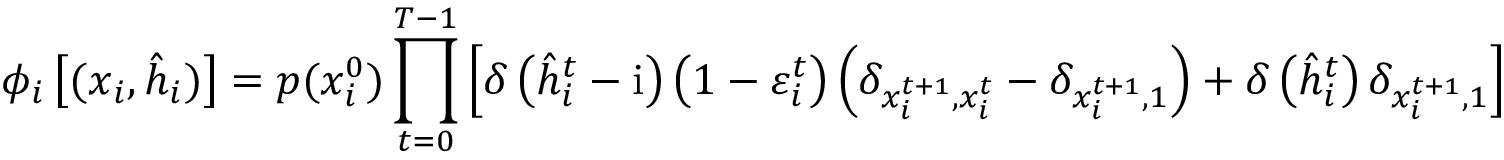
\phi _ { i } \left[ ( \boldsymbol { x } _ { i } , \hat { \boldsymbol { h } } _ { i } ) \right] = p ( x _ { i } ^ { 0 } ) \prod _ { t = 0 } ^ { T - 1 } \left[ \delta \left( \hat { h } _ { i } ^ { t } - \mathrm { i } \right) \left( 1 - \varepsilon _ { i } ^ { t } \right) \left( \delta _ { x _ { i } ^ { t + 1 } , x _ { i } ^ { t } } - \delta _ { x _ { i } ^ { t + 1 } , 1 } \right) + \delta \left( \hat { h } _ { i } ^ { t } \right) \delta _ { x _ { i } ^ { t + 1 } , 1 } \right]